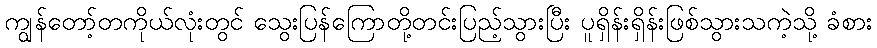
ကျွန်တော့်တကိုယ်လုံးတွင် သွေးပြန်ကြောတို့တင်းပြည့်သွားပြီး ပူရှိန်းရှိန်းဖြစ်သွားသကဲ့သို့ ခံစား